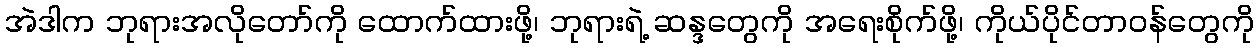
အဲဒါက ဘုရားအလိုတော်ကို ထောက်ထားဖို့၊ ဘုရားရဲ့ ဆန္ဒတွေကို အရေးစိုက်ဖို့၊ ကိုယ်ပိုင်တာဝန်တွေကို